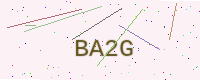
Text: BA2G